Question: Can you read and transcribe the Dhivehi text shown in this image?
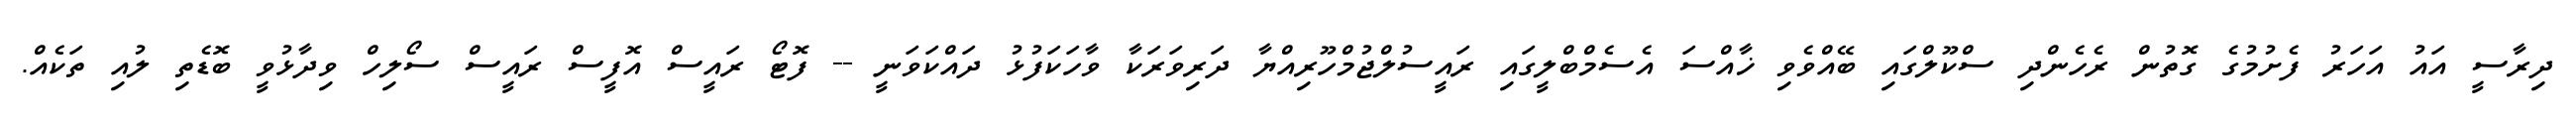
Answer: ދިރާސީ އައު އަހަރު ފެށުމުގެ ގޮތުން ރެހެންދި ސްކޫލްގައި ބޭއްވެވި ޚާއްސަ އެސެމްބްލީގައި ރައީސުލްޖުމްހޫރިއްޔާ ދަރިވަރަކާ ވާހަކަފުޅު ދައްކަވަނީ -- ފޮޓޯ ރައީސް އޮފީސް ރައީސް ސޯލިހް ވިދާޅުވީ ބޮޑެތި ލުއި ތަކެއް.